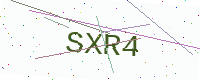
Text: SXR4